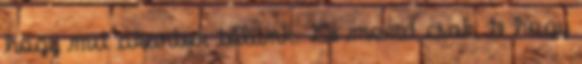
hogy mit akartok tőlünk. De mond csak, te hogy